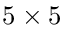
5 \times 5